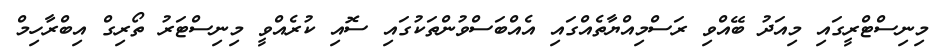
މިނިސްޓްރީގައި މިއަދު ބޭއްވި ރަސްމިއްޔާތެއްގައި އެއްބަސްވުންތަކުގައި ސޮއި ކުރެއްވީ މިނިސްޓަރު ތޯރިގް އިބްރާހިމް